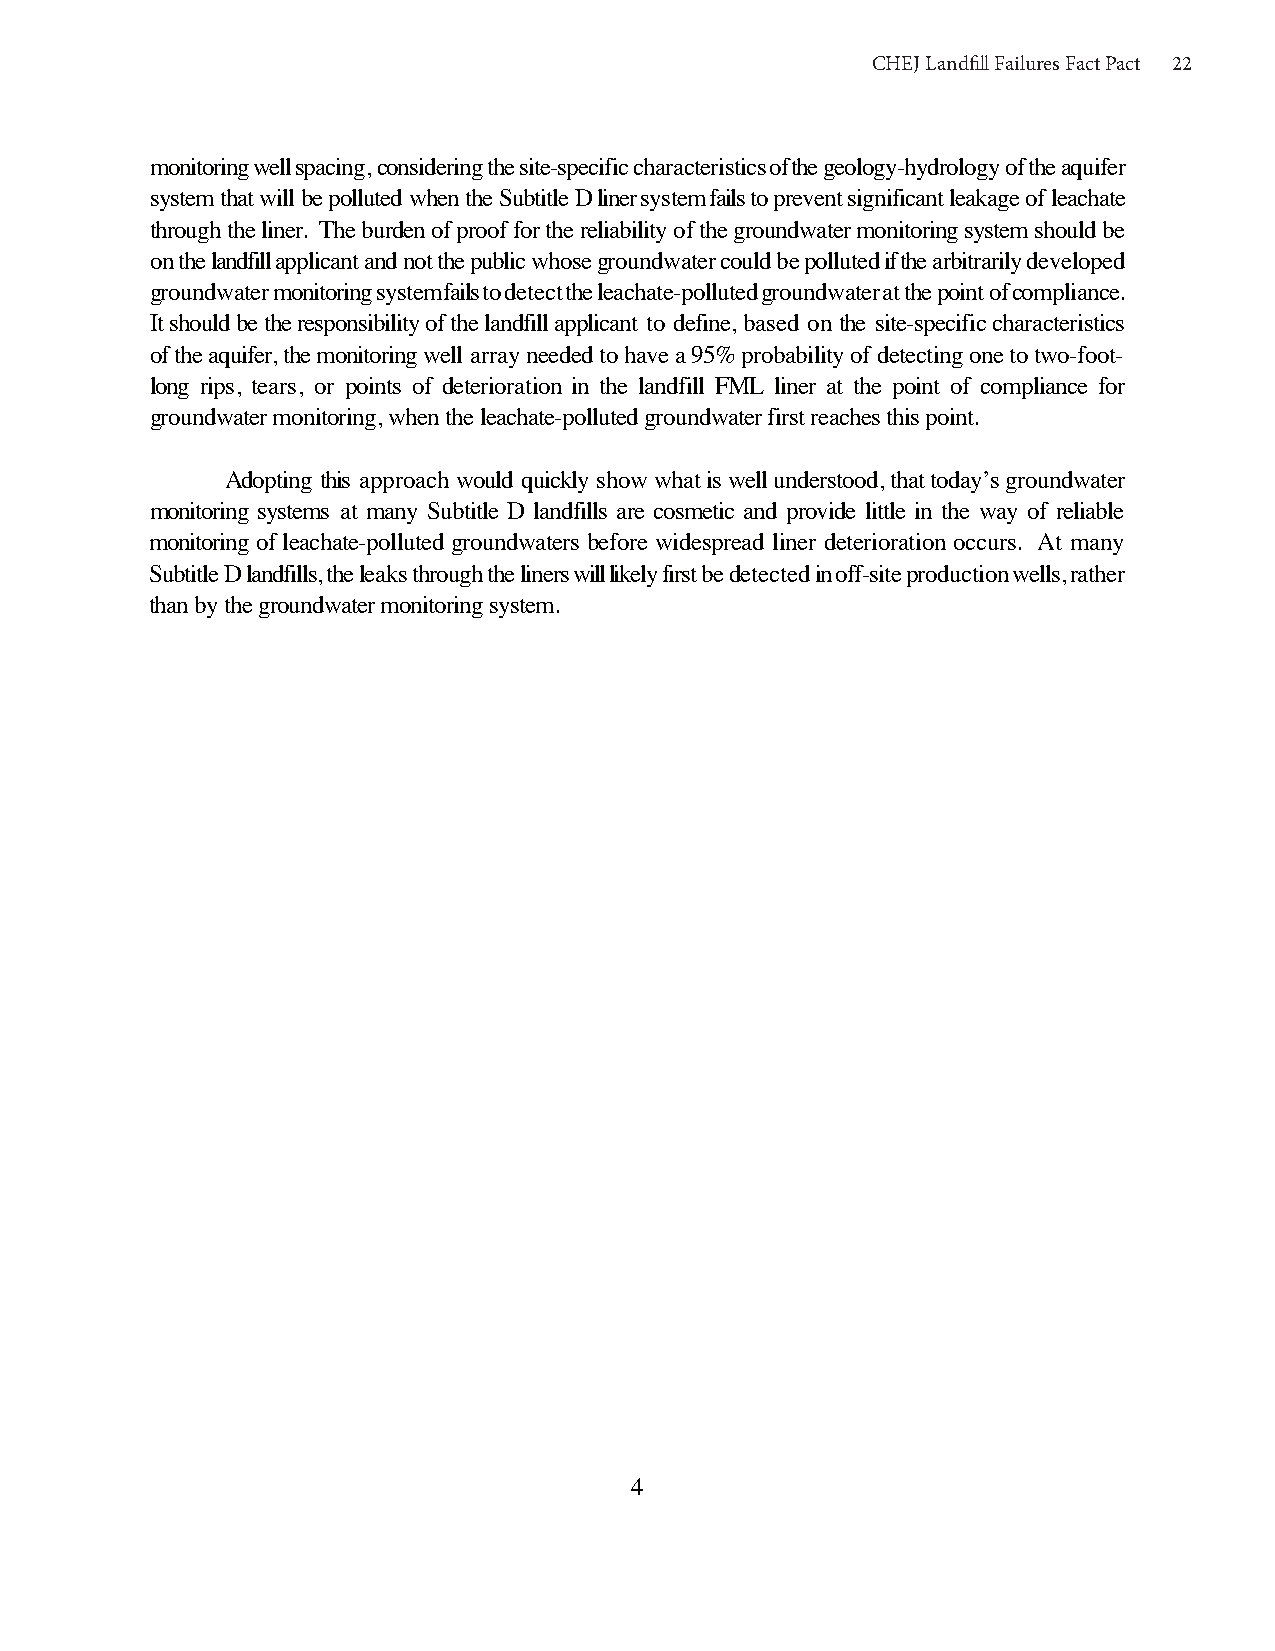
CHCEHJ ELJa nLdafnilld Ffialill uFreaisl uFraecst PFaacckt P22act 22
 monitoring well spacing, considering the site-specific characteristics of the geology-hydrology of the aquifer
 system that will be polluted when the Subtitle D liner system fails to prevent significant leakage of leachate
 through the liner. The burden of proof for the reliability of the groundwater monitoring system should be
 on the landfill applicant and not the public whose groundwater could be polluted if the arbitrarily developed
 groundwater monitoring system fails to detect the leachate-polluted groundwater at the point of compliance.
 It should be the responsibility of the landfill applicant to define, based on the site-specific characteristics
 of the aquifer, the monitoring well array needed to have a 95% probability of detecting one to two-foot-
 long rips, tears, or points of deterioration in the landfill FML liner at the point of compliance for
 groundwater monitoring, when the leachate-polluted groundwater first reaches this point.
 Adopting this approach would quickly show what is well understood, that today’s groundwater
 monitoring systems at many Subtitle D landfills are cosmetic and provide little in the way of reliable
 monitoring of leachate-polluted groundwaters before widespread liner deterioration occurs. At many
 Subtitle D landfills, the leaks through the liners will likely first be detected in off-site production wells, rather
 than by the groundwater monitoring system.
 4